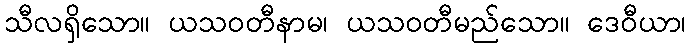
သီလရှိသော။ ယသဝတီနာမ၊ ယသဝတီမည်သော။ ဒေဝီယာ၊